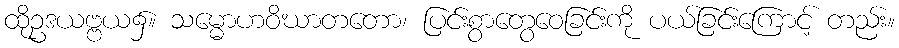
ထိုဥဒယဗ္ဗယ၌။ သမ္မောဟဝိဃာတတော၊ ပြင်းစွာတွေဝေခြင်းကို ပယ်ခြင်းကြောင့် တည်း။